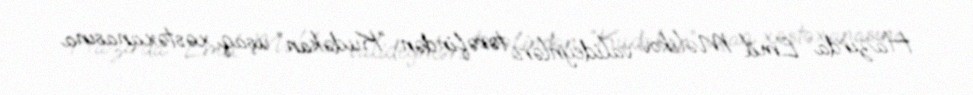
Hazırda Emil Məlikov valideynləri tərəfindən “Kudəkan” uşaq xəstəxanasına